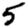
Digit: 5